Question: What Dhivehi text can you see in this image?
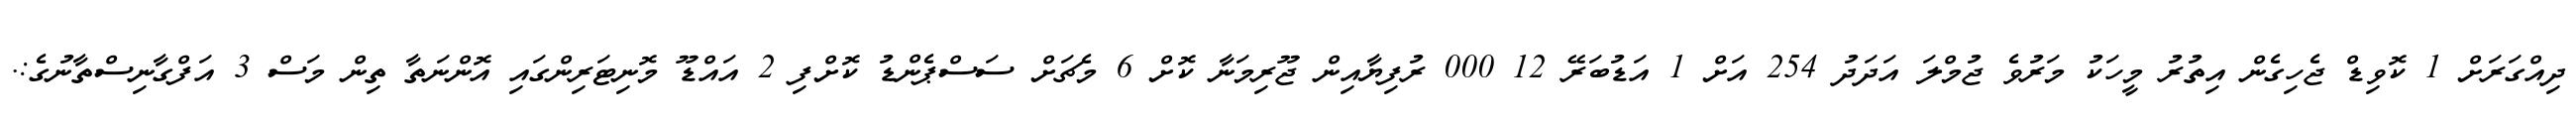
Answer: ދިއްގަރަށް 1 ކޮވިޑް ޖެހިގެން އިތުރު މީހަކު މަރުވެ ޖުމްލަ އަދަދު 254 އަށް 1 އަޑުބަރޭ 12 000 ރުފިޔާއިން ޖޫރިމަނާ ކޮށް 6 މެޗަށް ސަސްޕެންޑު ކޮށްފި 2 އައްޑޫ މޮނިޓަރިންގައި އޮންނަތާ ތިން މަސް 3 އަފްގާނިސްތާނުގެ:.